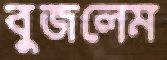
বুজলেম